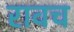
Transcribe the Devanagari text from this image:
रावच